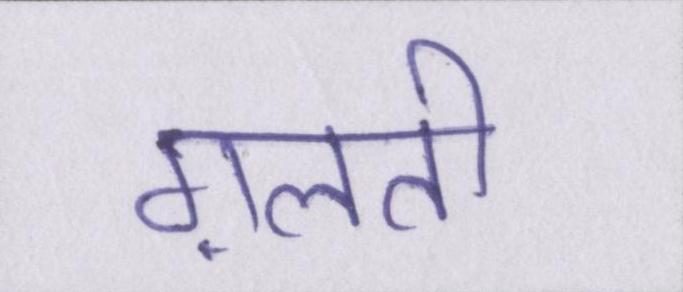
ग़लती